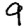
Digit: 9